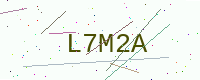
Text: L7M2A